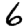
Digit: 6